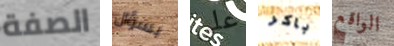
الصفة بسؤال على باكر الواقع